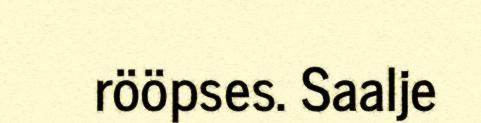
rööpses. Saalje